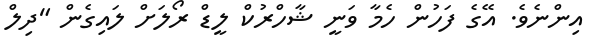
އިންނެވެ. އޭގެ ފަހުން ހެމާ ވަނީ ޝާހްރުކް ލީޑް ރޯލަށް ލައިގެން "ދިލް